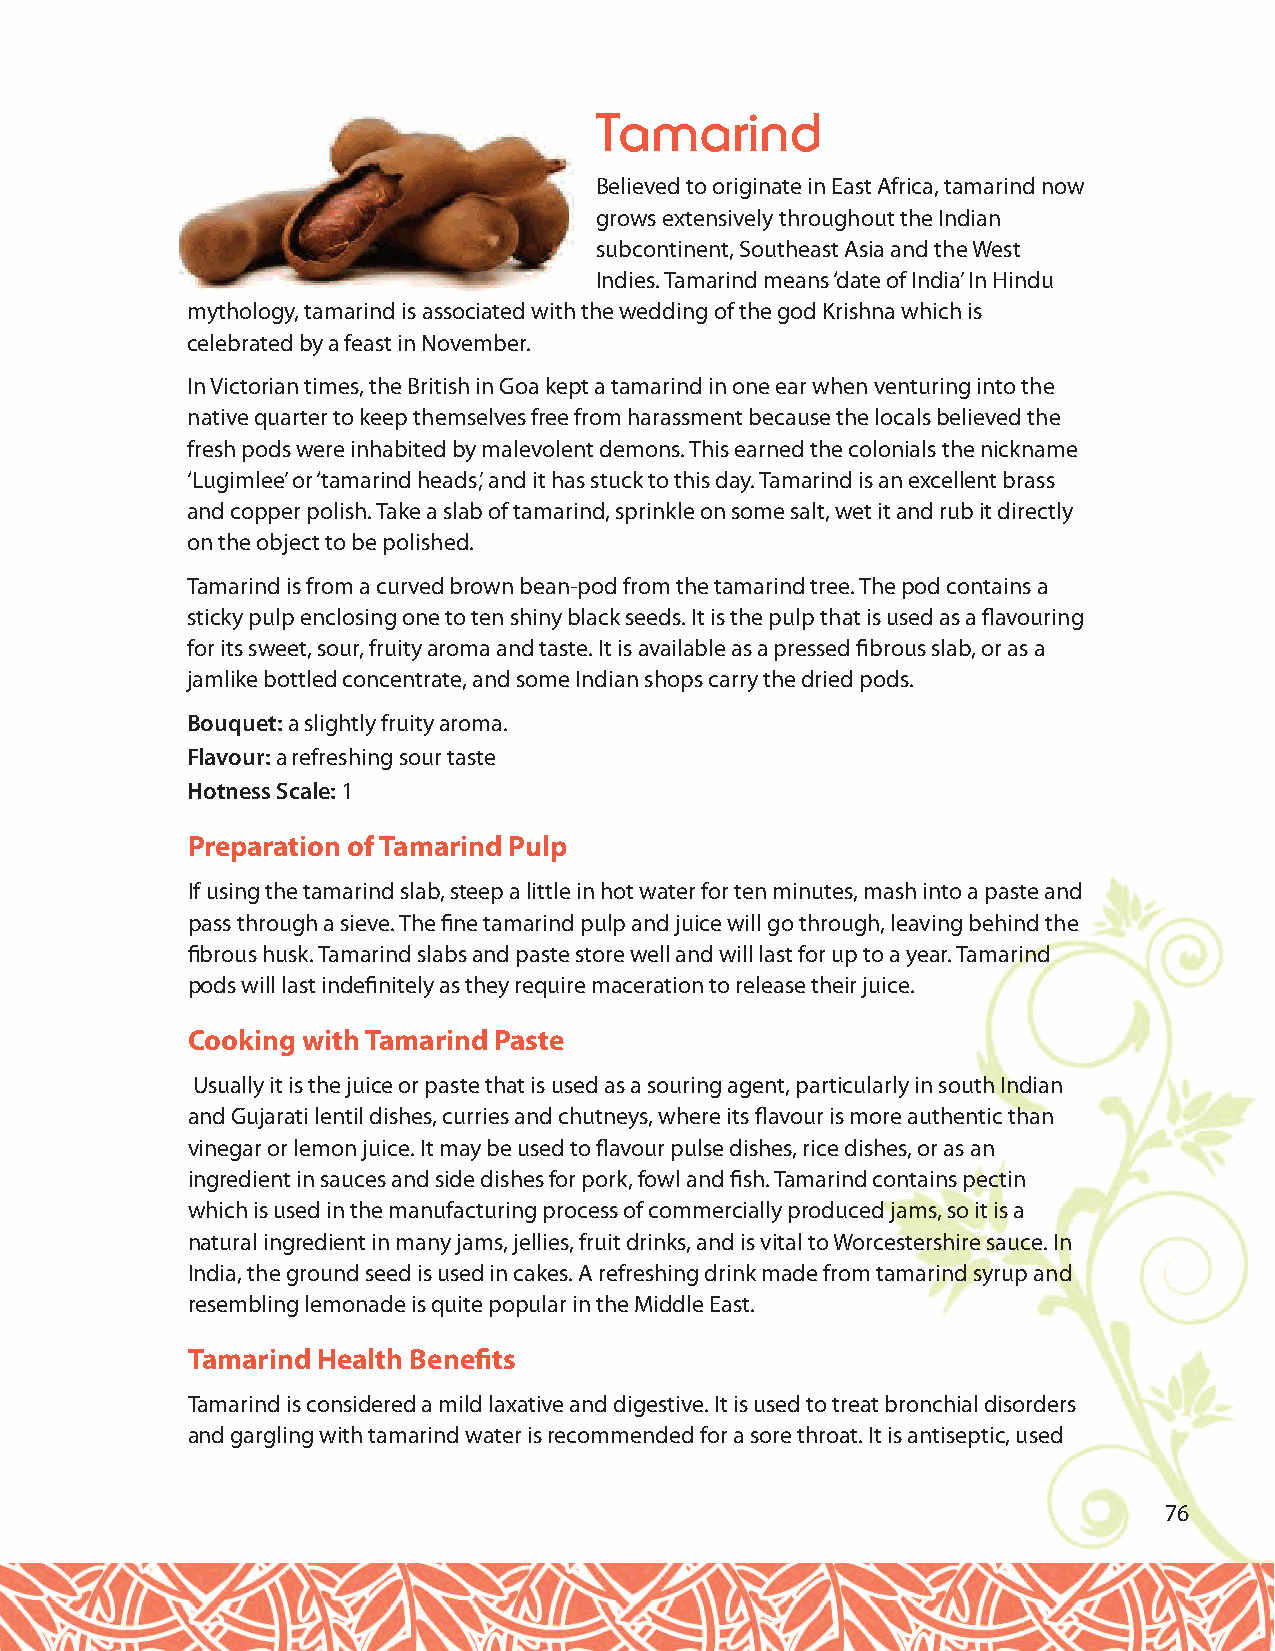
Tamarind
 Believed to originate in East Africa, tamarind now
 grows extensively throughout the Indian
 subcontinent, Southeast Asia and the West
 Indies. Tamarind means ‘date of India’ In Hindu
 mythology, tamarind is associated with the wedding of the god Krishna which is
 celebrated by a feast in November.
 In Victorian times, the British in Goa kept a tamarind in one ear when venturing into the
 native quarter to keep themselves free from harassment because the locals believed the
 fresh pods were inhabited by malevolent demons. This earned the colonials the nickname
 ‘Lugimlee’ or ‘tamarind heads’, and it has stuck to this day. Tamarind is an excellent brass
 and copper polish. Take a slab of tamarind, sprinkle on some salt, wet it and rub it directly
 on the object to be polished.
 Tamarind is from a curved brown bean-pod from the tamarind tree. The pod contains a
 sticky pulp enclosing one to ten shiny black seeds. It is the pulp that is used as a flavouring
 for its sweet, sour, fruity aroma and taste. It is available as a pressed fibrous slab, or as a
 jamlike bottled concentrate, and some Indian shops carry the dried pods.
 Bouquet:a slightly fruity aroma.
 Flavour:a refreshing sour taste
 Hotness Scale: 1
 Preparation of Tamarind Pulp
 If using the tamarind slab, steep a little in hot water for ten minutes, mash into a paste and
 pass through a sieve. The fine tamarind pulp and juice will go through, leaving behind the
 fibrous husk. Tamarind slabs and paste store well and will last for up to a year. Tamarind
 pods will last indefinitely as they require maceration to release their juice.
 Cooking with Tamarind Paste
 Usually it is the juice or paste that is used as a souring agent, particularly in south Indian
 and Gujarati lentil dishes, curries and chutneys, where its flavour is more authentic than
 vinegar or lemon juice. It may be used to flavour pulse dishes, rice dishes, or as an
 ingredient in sauces and side dishes for pork, fowl and fish. Tamarind contains pectin
 which is used in the manufacturing process of commercially produced jams, so it is a
 natural ingredient in many jams, jellies, fruit drinks, and is vital to Worcestershire sauce. In
 India, the ground seed is used in cakes. A refreshing drink made from tamarind syrup and
 resembling lemonade is quite popular in the Middle East.
 Tamarind Health Benefits
 Tamarind is considered a mild laxative and digestive. It is used to treat bronchial disorders
 and gargling with tamarind water is recommended for a sore throat. It is antiseptic, used
 76